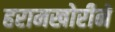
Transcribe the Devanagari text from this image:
हरामखोरीने